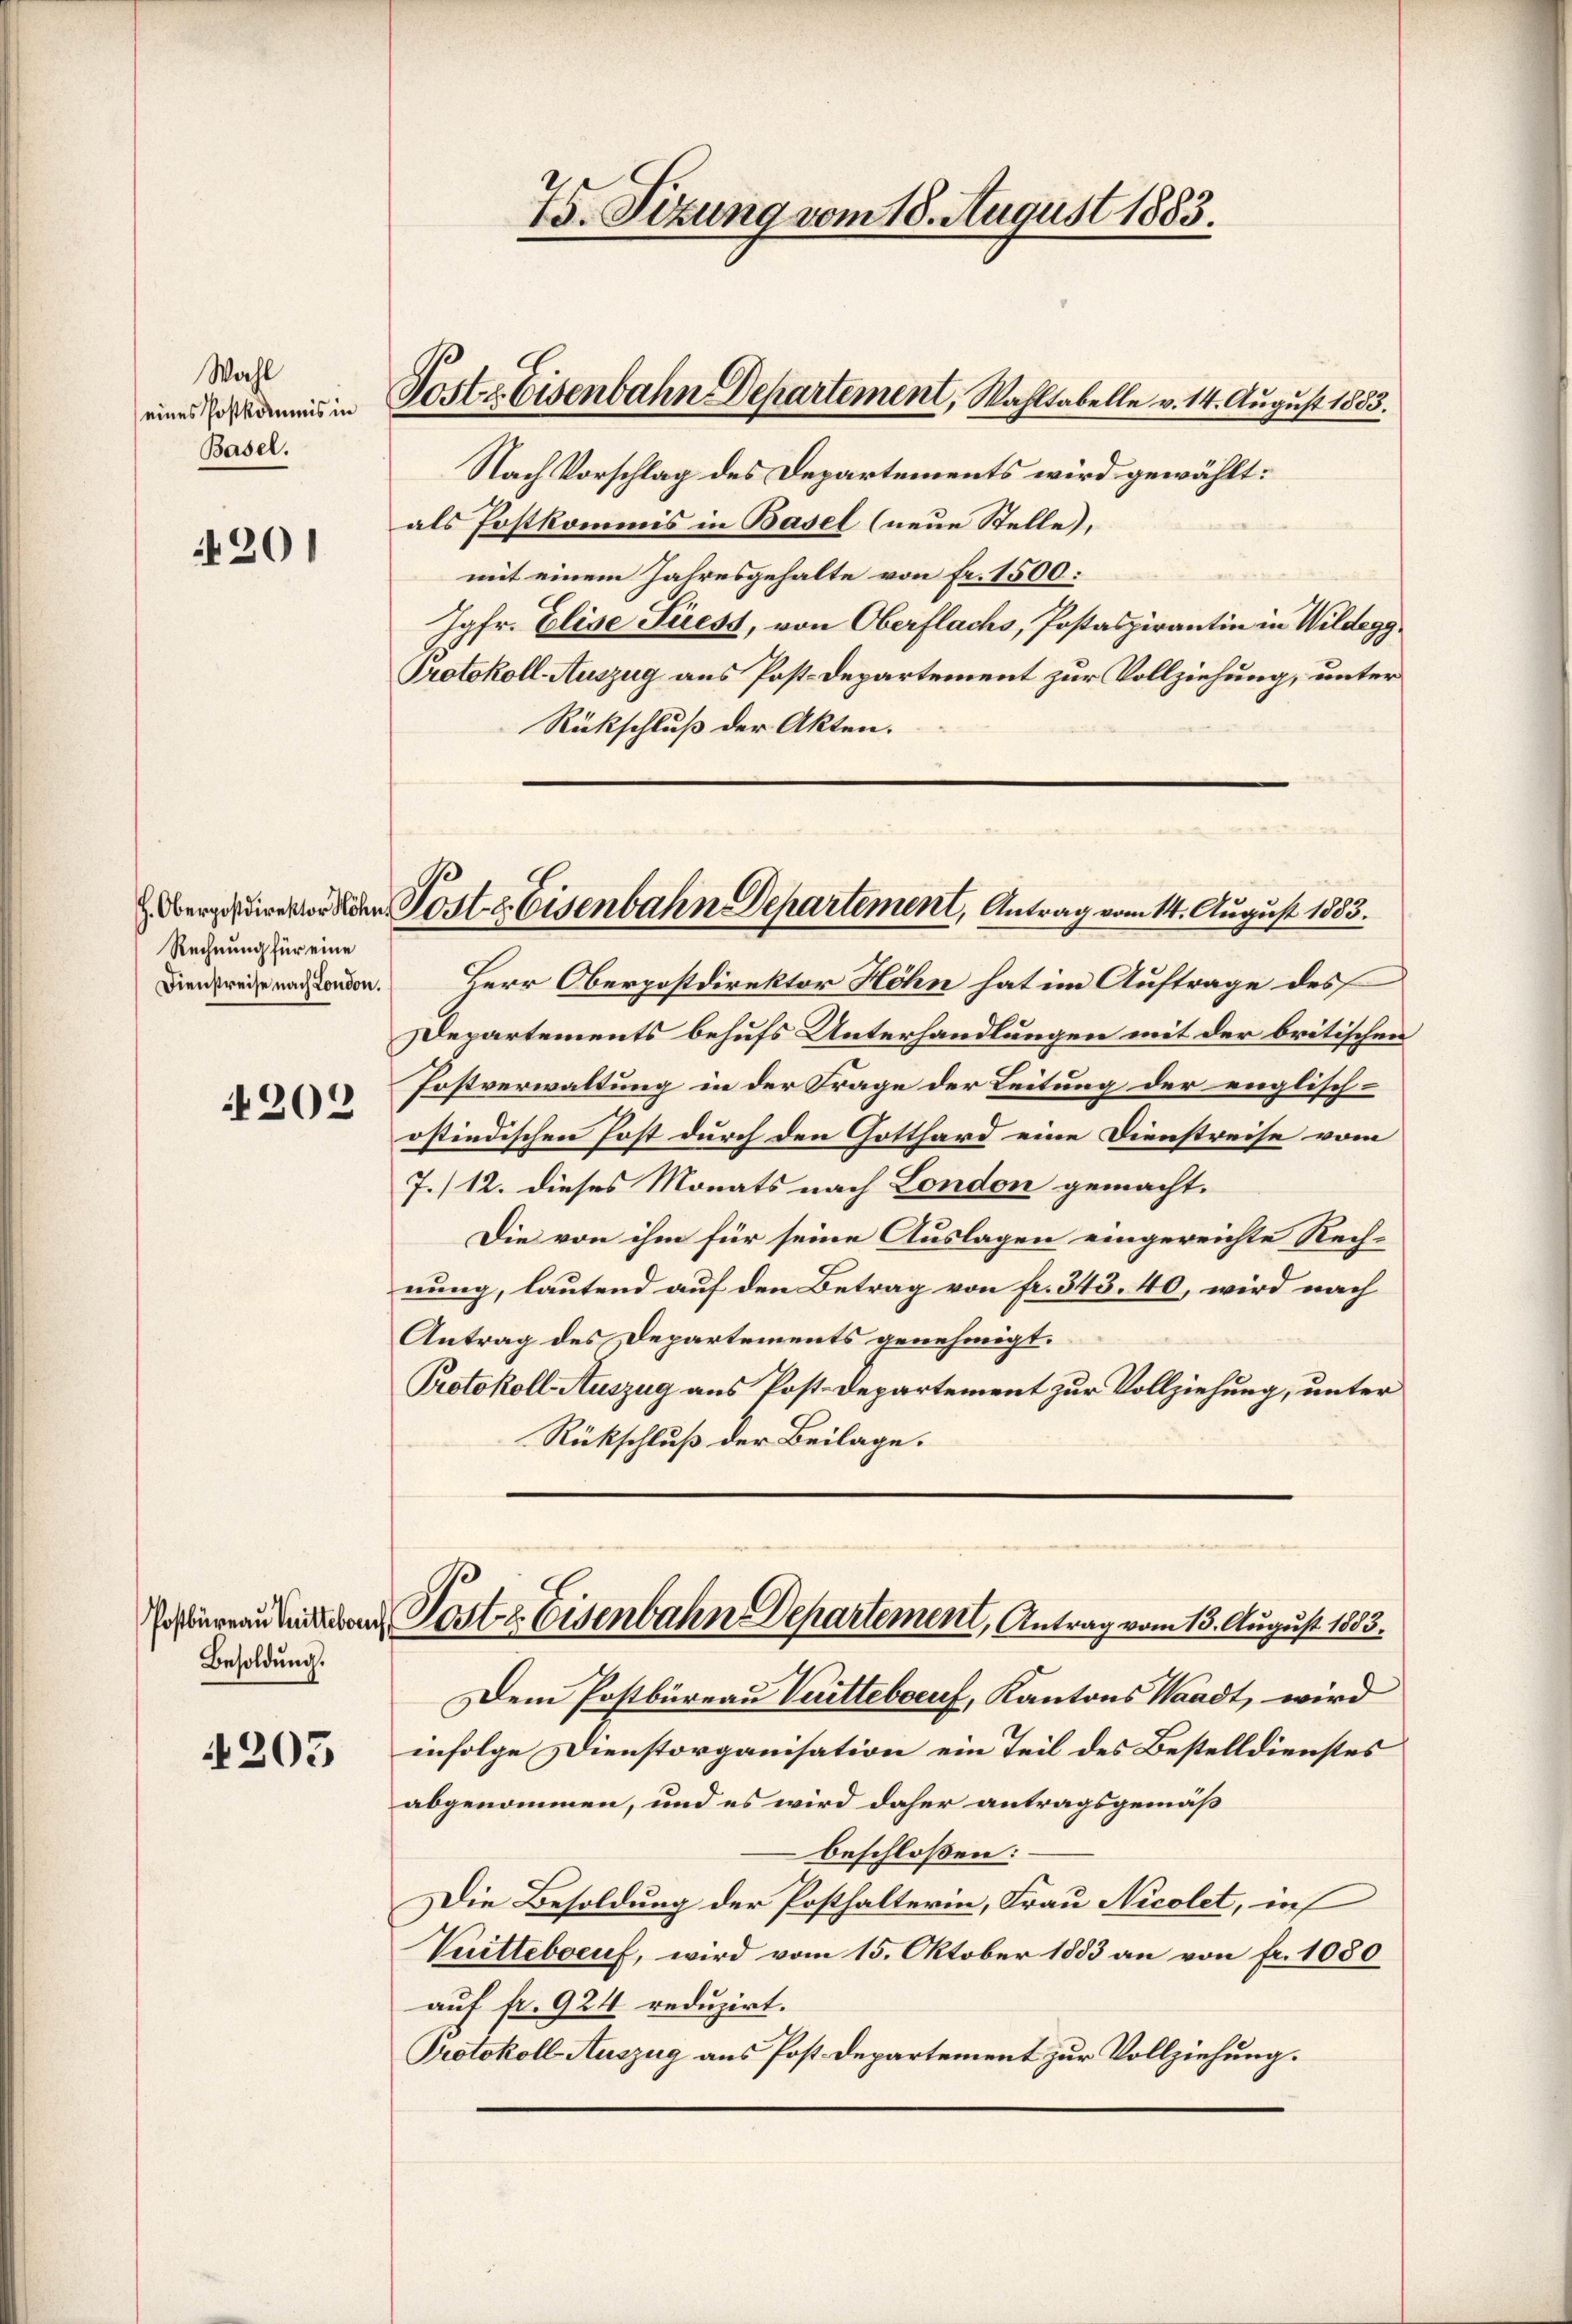
Wahl
eines Postkommnis in
Basel.

201

Rechnung für eine
Dienstreise nach London.

202

Besoldung.

205

Poste Eisenbahn Departement, Wahltabelle v. 14. August 1883.

75. Sizung vom 18. August 1883.

Herr Oberpostdirektor Höhn hat im Auftrage des
Departements behufs Unterhandlungen mit der britischen
Postverwaltung in der Frage der Leitung der englischostindischen Post durch den Gotthard eine Dienstreise vom
7./12. dieses Monats nach London gemacht.
Die von ihm für seine Auslagen eingereichte Rechnung, lautend auf den Betrag von fr. 343. 40, wird nach
Antrag des Departements genehmigt.
Protokoll-Auszug aus Post Departement zur Vollziehung, unter
Rückschluß der Beilage.
Ersbureau den Pertz Eisenbahn Departement, Antrag vom 13. August 1883.
Dem Postbüreau Verittebaeuf, Kantons Waadt, wird
infolge Dienstorganisation ein Teil des Bestelldienstes
abgenommen, und es wird daher antragsgemäß
beschloßen:
Die Besoldung der Posthalterin, Frau Nicolet, in
Vuitteboeuf, wird vom 15. Oktober 1883 an von fr. 1080
auf fr. 924 reduzirt.
Protokoll Auszug aus Post. Departement zur Vollziehung.

den Post Eisenbahn Departement, Antrag vom 14. August 1883.

Nach Vorschlag des Departements wird gewählt:
als Postkommis in Basel (neue Stelle,
mit einem Jahresgehalte von Fr. 1500:
Jgfr. Elise Siess, von Oberflachs, Postaspirantin in Wildegg
Protokoll-Auszug aus Post-Departement zur Vollziehung, unter
Rückschluß der Akten.